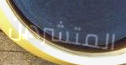
المتشردين